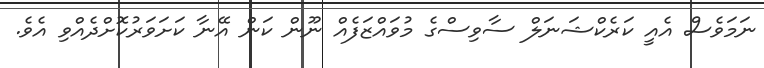
ނަމަވެސް އެއީ ކަރެކްޝަނަލް ސާވިސްގެ މުވައްޒަފެއް ނޫން ކަން އޭނާ ކަށަވަރުކޮށްދެއްވި އެވެ.